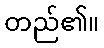
တည်၏။